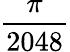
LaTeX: \frac{\pi}{2048}